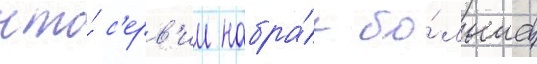
что́ с'ерв'ии набра́л бо́льше